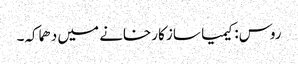
روس: کیمیا ساز کارخانے میں دھماکہ۔